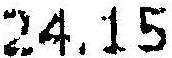
24.15